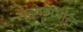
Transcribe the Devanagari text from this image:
संख्यामधील